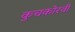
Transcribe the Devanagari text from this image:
कुचकोरवी